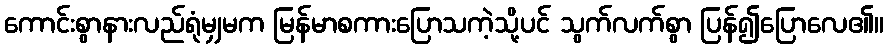
ကောင်းစွာနားလည်ရုံမျှမက မြန်မာစကားပြောသကဲ့သို့ပင် သွက်လက်စွာ ပြန်၍ပြောလေ၏။